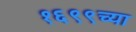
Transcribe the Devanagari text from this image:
१६९९च्या